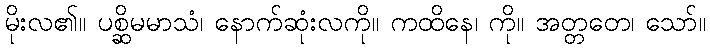
မိုးလ၏။ ပစ္ဆိမမာသံ၊ နောက်ဆုံးလကို။ ကထိနေ၊ ကို။ အတ္တတေ၊ သော်။